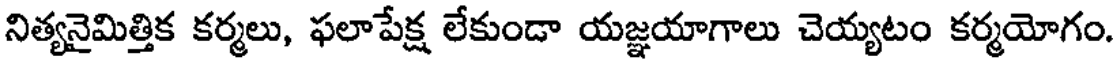
నిత్యనైమిత్తిక కర్మలు, ఫలాపేక్ష లేకుండా యజ్ఞయాగాలు చెయ్యటం కర్మయోగం